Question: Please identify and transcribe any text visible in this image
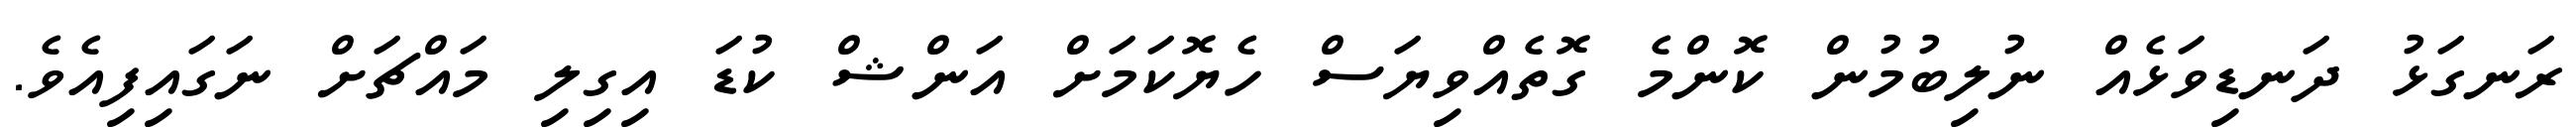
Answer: ރަނގަޅު ދަނޑިވަޅެއް ނުލިބުމުން ކޮންމެ ގޮތެއްވިޔަސް ހެޔޮކަމަށް އަންޝް ކުޑަ އިގިލި މައްޗަށް ނަގައިފިއެވެ.